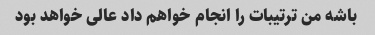
باشه من ترتیبات را انجام خواهم داد عالی خواهد بود